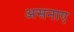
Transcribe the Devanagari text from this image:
असनाए